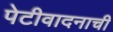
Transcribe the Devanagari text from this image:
पेटीवादनाची